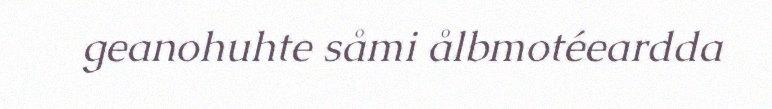
geanohuhte såmi ålbmotéeardda